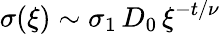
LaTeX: \sigma(\xi)\sim\sigma_{1}\, D_{0}\, \xi^{-t/\nu}